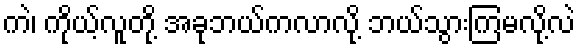
ကဲ၊ ကိုယ့်လူတို့ အခုဘယ်ကလာလို့ ဘယ်သွားကြမလို့လဲ